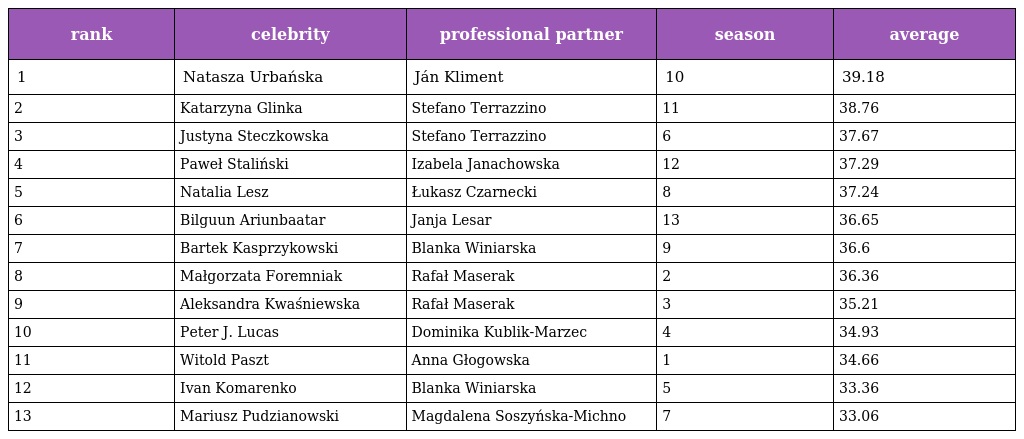
| rank | celebrity | professional partner | season | average |
 | --- | --- | --- | --- | --- |
 | 1 | Natasza Urbańska | Ján Kliment | 10 | 39.18 |
 | 2 | Katarzyna Glinka | Stefano Terrazzino | 11 | 38.76 |
 | 3 | Justyna Steczkowska | Stefano Terrazzino | 6 | 37.67 |
 | 4 | Paweł Staliński | Izabela Janachowska | 12 | 37.29 |
 | 5 | Natalia Lesz | Łukasz Czarnecki | 8 | 37.24 |
 | 6 | Bilguun Ariunbaatar | Janja Lesar | 13 | 36.65 |
 | 7 | Bartek Kasprzykowski | Blanka Winiarska | 9 | 36.6 |
 | 8 | Małgorzata Foremniak | Rafał Maserak | 2 | 36.36 |
 | 9 | Aleksandra Kwaśniewska | Rafał Maserak | 3 | 35.21 |
 | 10 | Peter J. Lucas | Dominika Kublik-Marzec | 4 | 34.93 |
 | 11 | Witold Paszt | Anna Głogowska | 1 | 34.66 |
 | 12 | Ivan Komarenko | Blanka Winiarska | 5 | 33.36 |
 | 13 | Mariusz Pudzianowski | Magdalena Soszyńska-Michno | 7 | 33.06 |